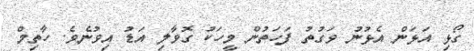
ގޯޅި އަޅަން އެޅުނު ވަގުތު ފަހަތުން މީހަކު ގޮވާލި އަޑު އިވުނެވެ. ހާތިމް